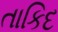
તાકિદ